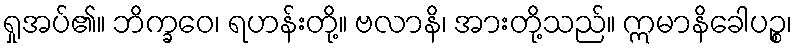
ရှုအပ်၏။ ဘိက္ခဝေ၊ ရဟန်းတို့။ ဗလာနိ၊ အားတို့သည်။ ဣမာနိခေါပဉ္စ၊